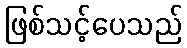
ဖြစ်သင့်ပေသည်